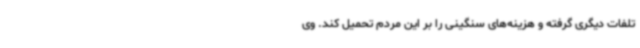
تلفات دیگری گرفته و هزینه‌های سنگینی را بر این مردم تحمیل کند. وی